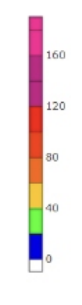
Blue: 0 to 20
Green: 20 to 40
Yellow: 40 to 60
Orange: 60 to 80
Dark Orange: 80 to 100
Red: 100 to 120
Magenta: 120 to 160
Pink: 160 to 190